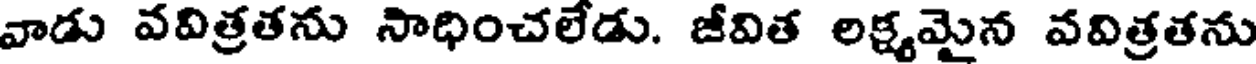
వాడు వవిత్రతను సాధించలేడు. జీవిత లక్ష్యమైన వవిత్రతను